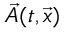
\vec { A } ( t , \vec { x } )